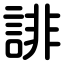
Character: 誹